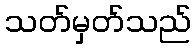
သတ်မှတ်သည်